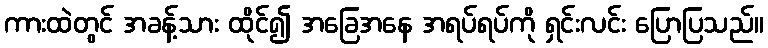
ကားထဲတွင် အခန့်သား ထိုင်၍ အခြေအနေ အရပ်ရပ်ကို ရှင်းလင်း ပြောပြသည်။